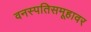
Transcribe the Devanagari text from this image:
वनस्पतिसमूहावर